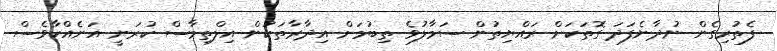
ފެތުރިގެން ނުދާނެފަދަ ގޮތަކަށް ރައްޔިތުން ސަމާލުވެ ތިބުމަށް އިދާރާތަކުން އިލްތިމާސް ކުރަނީ އަނެއްކާވެސް